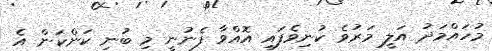
މުހައްމަދު އަލީ މަރުވެ ކުނިވެފައި އޮއްވާ ފެނުނީ މި ބުނި ކަންކަން އެ